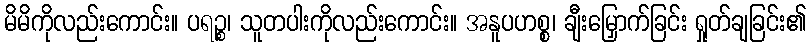
မိမိကိုလည်းကောင်း။ ပရဉ္စ၊ သူတပါးကိုလည်းကောင်း။ အနူပဟစ္စ၊ ချီးမြှောက်ခြင်း ရှုတ်ချခြင်း၏